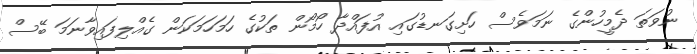
ނުވަތަ ދެމީހުންގެ ނަމަވެސް ހަށިގަނޑުގައި އުފައްދާ ހޯމޯން ތަކުގެ ހަމަހަމަކަން ގެއްލިފައިވާނަމަ ބޭސް